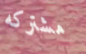
مشتركه